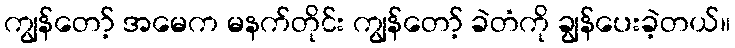
ကျွန်တော့် အမေက မနက်တိုင်း ကျွန်တော့် ခဲတံကို ချွန်ပေးခဲ့တယ်။